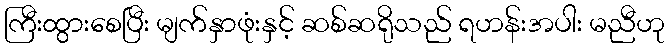
ကြီးထွားစေပြီး မျက်နှာဖုံးနှင့် ဆစ်ဆရိုသည် ရဟန်းအပါး မညီဟု